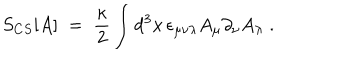
LaTeX: S _ { C S } [ A ] \; = \; \frac { \kappa } { 2 } \int d ^ { 3 } x \, \epsilon _ { \mu \nu \lambda } A _ { \mu } \partial _ { \nu } A _ { \lambda } \; .